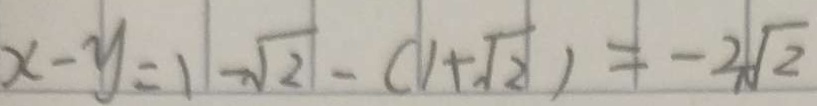
x - y = 1 - \sqrt { 2 } - ( 1 + \sqrt { 2 } ) = - 2 \sqrt { 2 }